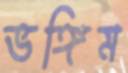
ভঙ্গিম